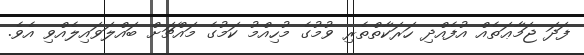
ފަދަ ޖަމާޢަތެއް އުފެއްދި ހަރަކާތްތެރި ވުމުގެ މުހިއްމު ކަމުގެ މައްޗަށް ބައްލަވައިލެއްވި އެވެ.